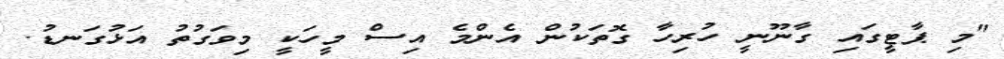
"މި ޕާޓީގައި ގާނޫނީ ހުރިހާ ގޮތަކުން އެންމެ އިސް މީހަކީ މިވަގުތު އަޅުގަނޑު.